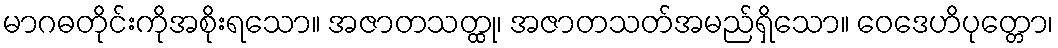
မာဂဓတိုင်းကိုအစိုးရသော။ အဇာတသတ္ထု၊ အဇာတသတ်အမည်ရှိသော။ ဝေဒေဟိပုတ္တော၊